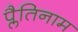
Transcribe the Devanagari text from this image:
प्लैतिनाम